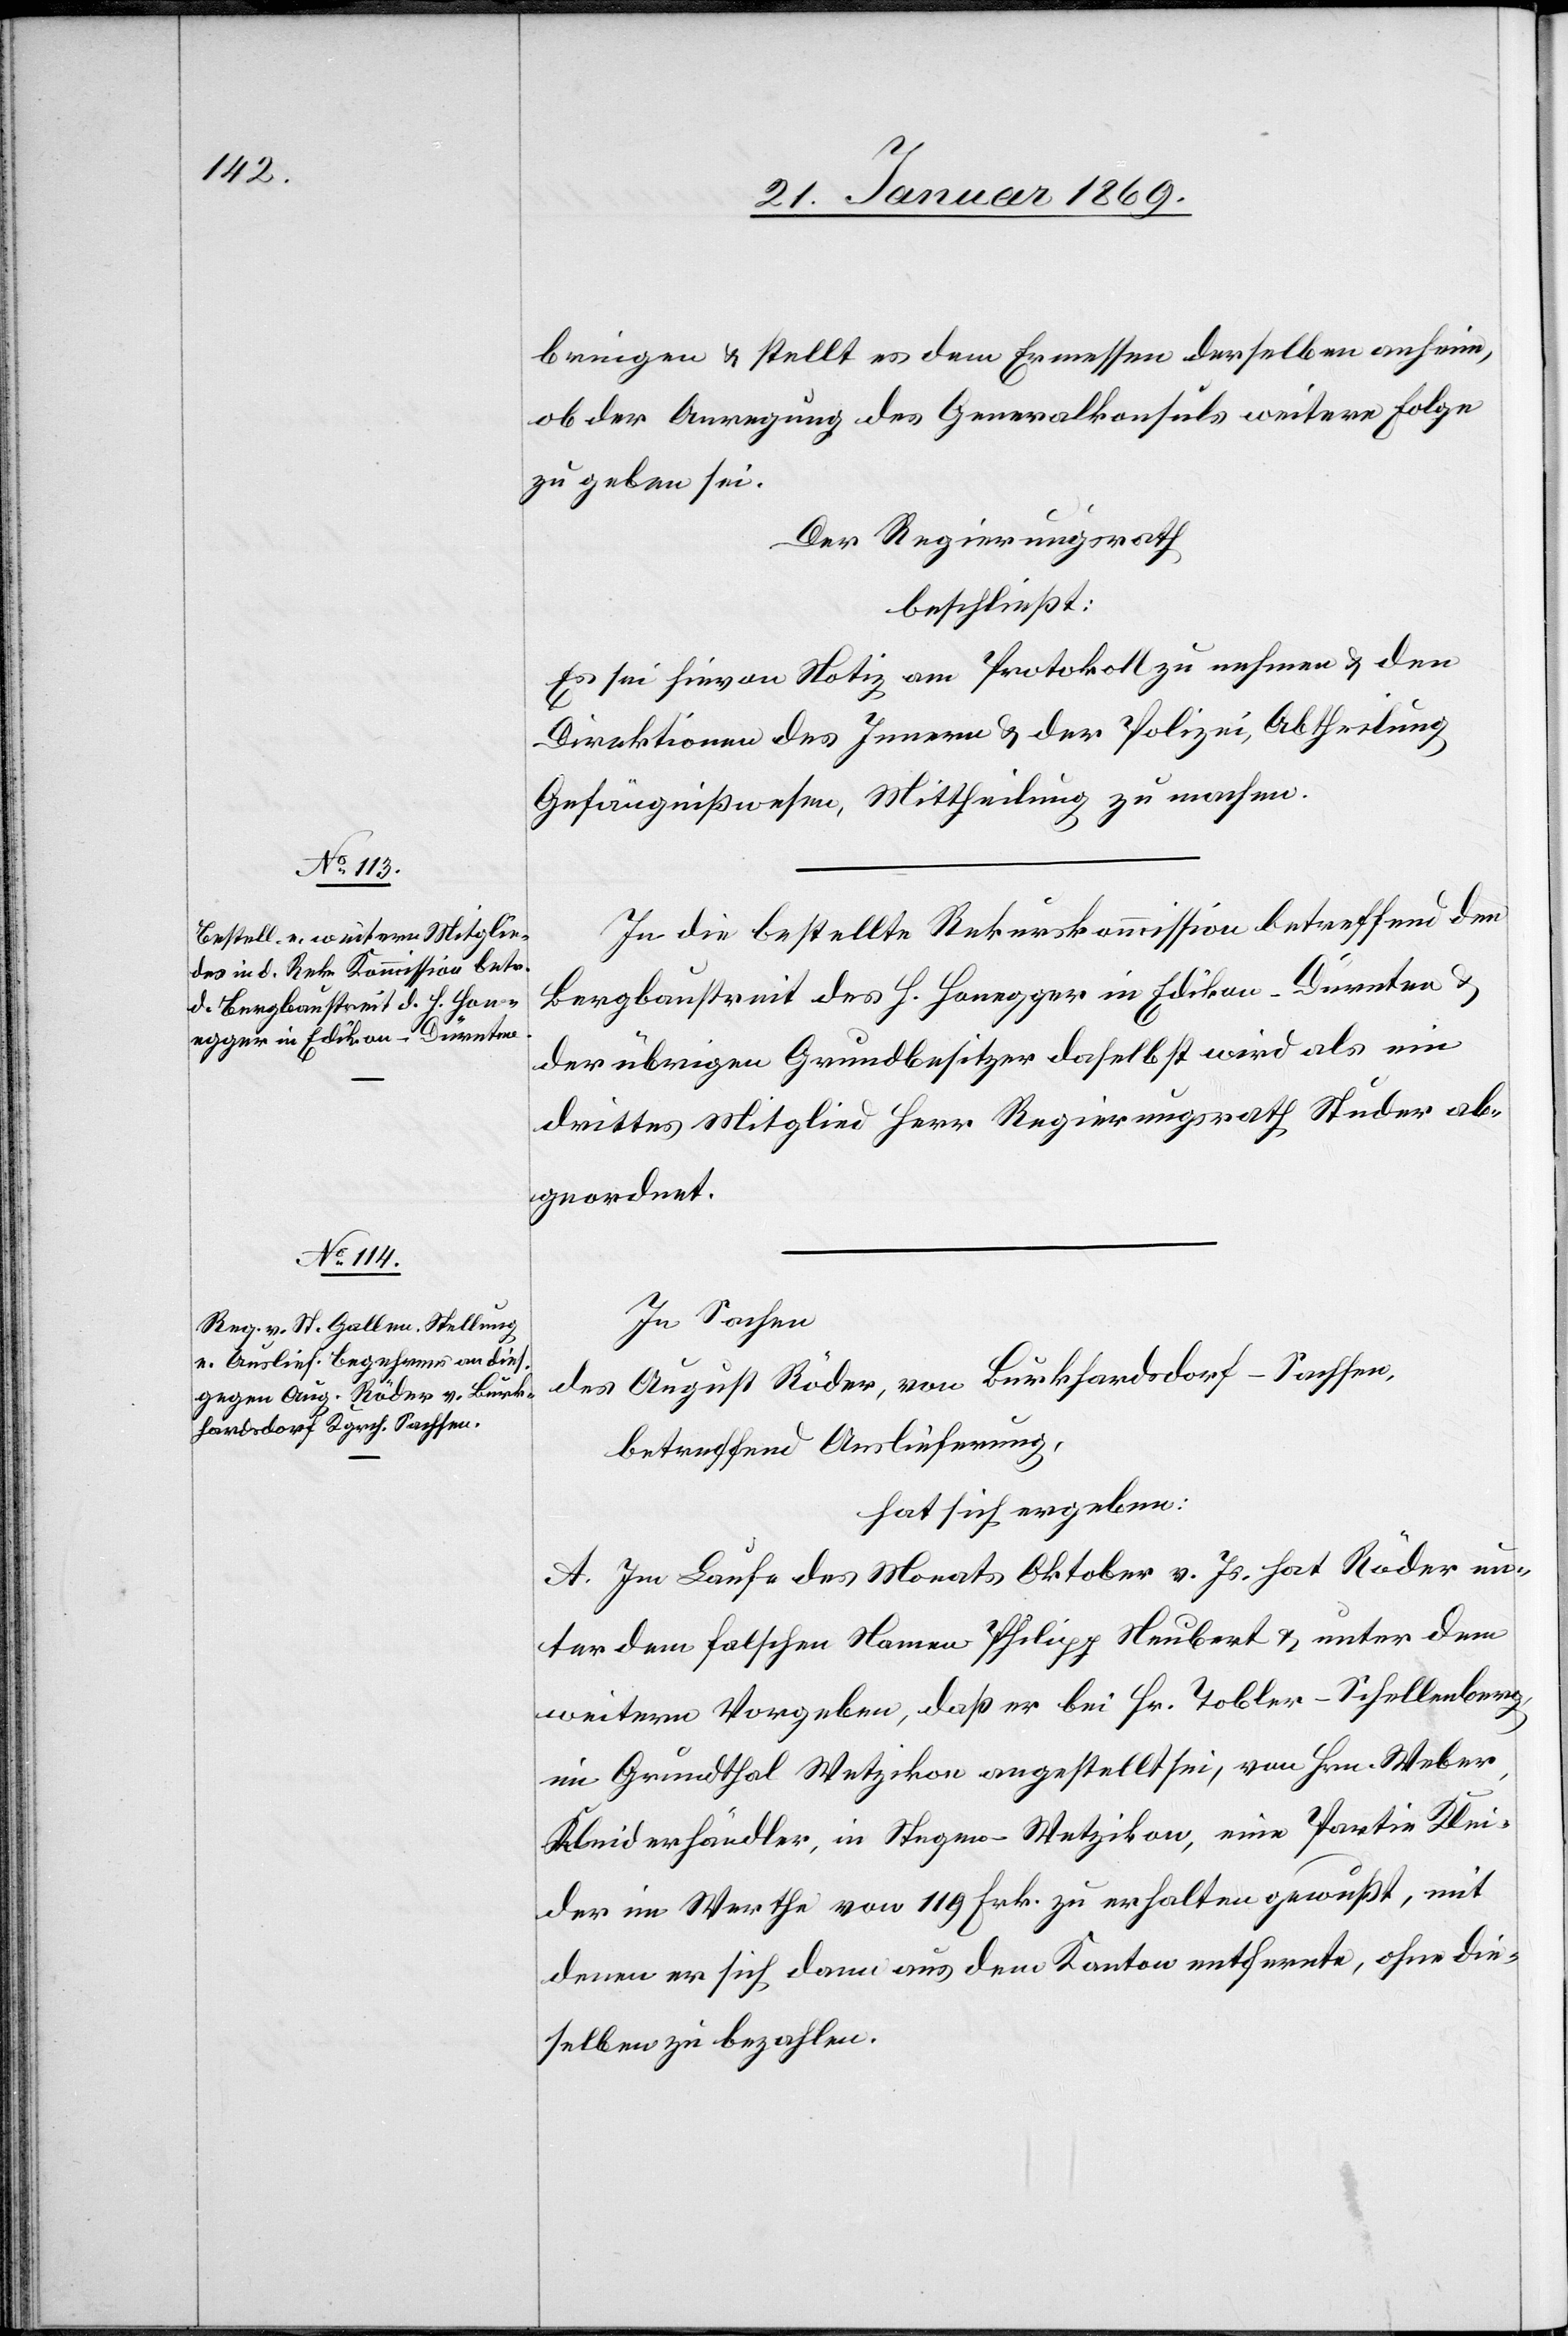
bringen & stellt es dem Ermessen derselben anheim,
ob der Anregung des Generalkonsuls weitere Folge
zu geben sei.
Der Regierungsrath
beschließt:
Es sei hievon am Protokoll zu nehmen & den
Direktionen des Innern & der Polizei, Abtheilung
Gefängnißwesen, Mittheilung zu machen.
In die bestellte Rekurskommission betreffend den
Bergbaustreit des H. Honegger in Edikon-Dürnten &
der übrigen Grundbesitzer daselbst wird als ein
drittes Mitglied Herr Regierungsrath Studer ab¬
geordnet.
In Sachen
des August Röder, von Burkhardsdorf - Sachsen,
betreffend Auslieferung,
hat sich ergeben:
A. Im Laufe des Monats Oktober v. Js. hat Röder un¬
ter dem falschen Namen Philipp Neubert & unter dem
weitern Vorgeben, daß er bei Fr. Tobler-Schellenberg,
in Grundthal Wetzikon angestellt sei, von Hrn. Weber,
Kleiderhändler, in Stegen - Wetzikon, eine Partie Klei¬
der im Werthe von 119 Frk. zu erhalten gewußt, mit
denen er sich dann aus dem Kanton entfernte, ohne die¬
selben zu bezahlen.